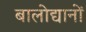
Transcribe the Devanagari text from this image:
बालोद्यानों